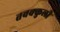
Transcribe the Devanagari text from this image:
तवक्कुली